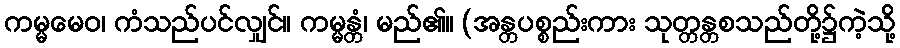
ကမ္မမေဝ၊ ကံသည်ပင်လျှင်။ ကမ္မန္တံ၊ မည်၏။ (အန္တပစ္စည်းကား သုတ္တန္တစသည်တို့၌ကဲ့သို့